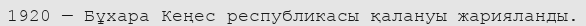
1920 — Бұхара Кеңес республикасы қалануы жарияланды.